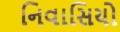
નિવાસિયો